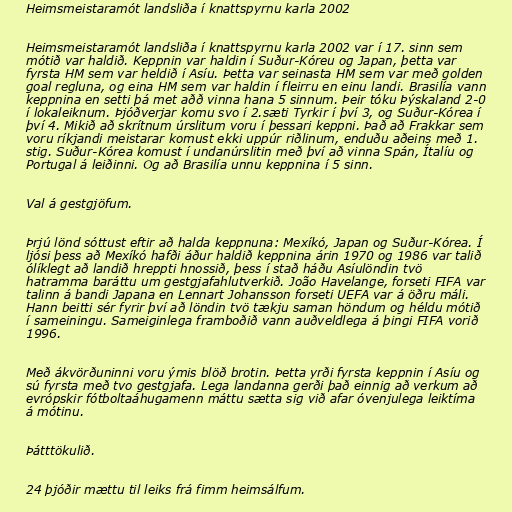
Heimsmeistaramót landsliða í knattspyrnu karla 2002

Heimsmeistaramót landsliða í knattspyrnu karla 2002 var í 17. sinn sem
mótið var haldið. Keppnin var haldin í Suður-Kóreu og Japan, þetta var
fyrsta HM sem var heldið í Asíu. Þetta var seinasta HM sem var með golden
goal regluna, og eina HM sem var haldin í fleirru en einu landi. Brasilía vann
keppnina en setti þá met aðð vinna hana 5 sinnum. Þeir tóku Þýskaland 2-0
í lokaleiknum. Þjóðverjar komu svo í 2.sæti Tyrkir í því 3, og Suður-Kórea í
því 4. Mikið að skrítnum úrslitum voru í þessari keppni. Það að Frakkar sem
voru ríkjandi meistarar komust ekki uppúr riðlinum, enduðu aðeins með 1.
stig. Suður-Kórea komust í undanúrslitin með því að vinna Spán, Ítalíu og
Portugal á leiðinni. Og að Brasilía unnu keppnina í 5 sinn.

Val á gestgjöfum.

Þrjú lönd sóttust eftir að halda keppnuna: Mexíkó, Japan og Suður-Kórea. Í
ljósi þess að Mexíkó hafði áður haldið keppnina árin 1970 og 1986 var talið
ólíklegt að landið hreppti hnossið, þess í stað háðu Asíulöndin tvö
hatramma baráttu um gestgjafahlutverkið. João Havelange, forseti FIFA var
talinn á bandi Japana en Lennart Johansson forseti UEFA var á öðru máli.
Hann beitti sér fyrir því að löndin tvö tækju saman höndum og héldu mótið
í sameiningu. Sameiginlega framboðið vann auðveldlega á þingi FIFA vorið
1996.

Með ákvörðuninni voru ýmis blöð brotin. Þetta yrði fyrsta keppnin í Asíu og
sú fyrsta með tvo gestgjafa. Lega landanna gerði það einnig að verkum að
evrópskir fótboltaáhugamenn máttu sætta sig við afar óvenjulega leiktíma
á mótinu.

Þátttökulið.

24 þjóðir mættu til leiks frá fimm heimsálfum.